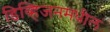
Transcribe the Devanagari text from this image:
डिव्हिजनमधील